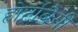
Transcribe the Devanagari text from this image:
होर्टोबैगी